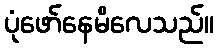
ပုံဖော်နေမိလေသည်။